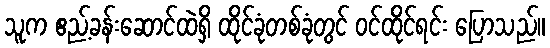
သူက ဧည့်ခန်းဆောင်ထဲရှိ ထိုင်ခုံတစ်ခုံတွင် ဝင်ထိုင်ရင်း ပြောသည်။